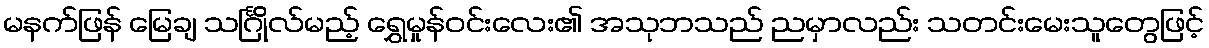
မနက်ဖြန် မြေချ သင်္ဂြိုလ်မည့် ရွှေမှုန်ဝင်းလေး၏ အသုဘသည် ညမှာလည်း သတင်းမေးသူတွေဖြင့်